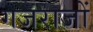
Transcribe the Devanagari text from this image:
गजराजों